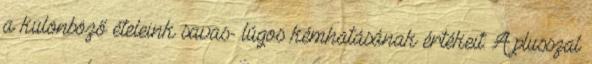
a különböző ételeink savas- lúgos kémhatásának értékeit: A plusszal